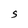
Character: S